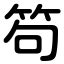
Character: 笱